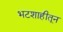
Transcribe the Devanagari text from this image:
भटशाहीतून